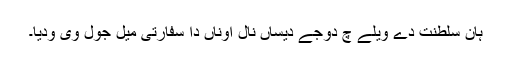
ہان سلطنت دے ویلے چ دوجے دیساں نال اوناں دا سفارتی میل جول وی ودیا۔